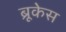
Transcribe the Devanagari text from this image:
ब्रूकेस